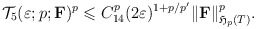
\begin{align*}\mathcal{T}_5(\varepsilon ;p;{\mathbf F})^p\leqslant C_{14}^p(2\varepsilon)^{1+p/p'}\Vert \mathbf{F}\Vert ^p_{\mathfrak{H}_p(T)}.\end{align*}